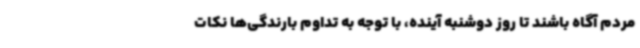
مردم آگاه باشند تا روز دوشنبه آینده، با توجه به تداوم بارندگی‌ها نکات